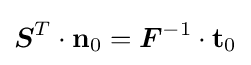
{\boldsymbol {S}}^{T}\cdot \mathbf {n} _{0}={\boldsymbol {F}}^{-1}\cdot \mathbf {t} _{0}